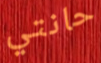
حانتي